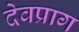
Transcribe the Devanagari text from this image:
देवप्राग